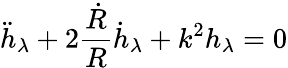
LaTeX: \ddot{h}_{\lambda}+2{\frac{\dot{R}}{R}}\dot{h}_{\lambda}+k^{2}h_{\lambda}=0